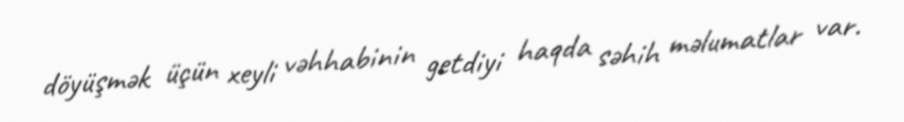
döyüşmək üçün xeyli vəhhabinin getdiyi haqda səhih məlumatlar var.